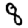
Digit: 8